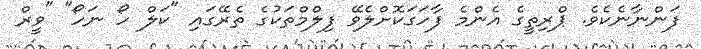
ފަންނާނެކެވެ. ޕްރިތީގެ އެންމެ ފާހަގަކޮށްލެވޭ ފިލްމްތަކުގެ ތެރޭގައި "ކަލް ހޯ ނަހޯ" "ވީރް